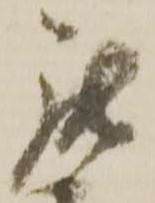
罷